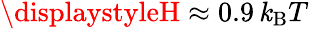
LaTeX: {\displaystyleH\approx0.9\, \mathit{k}_{\mathrm{{B}}}T}